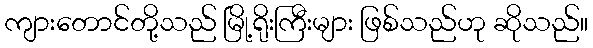
ကျားတောင်တို့သည် မြို့ရိုးကြီးများ ဖြစ်သည်ဟု ဆိုသည်။